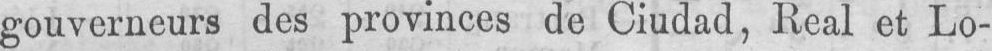
gouverneurs des provinces de Ciudad, Real et Lo-